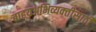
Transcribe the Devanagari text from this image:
बाहयअभिव्यक्‍तीसाठी